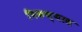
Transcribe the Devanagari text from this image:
पिकण्यास